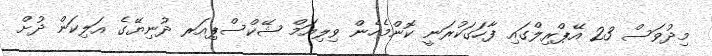
މިދުވަސް 23 އޭޕްރިލްގައި ފާހަގަކުރަނީ ކޮންމެހެން ވިލިއަމް ޝޭކްސްޕިއަރ ދުނިޔޭގެ އަލިކަން ދުށް